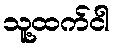
သူ့ထက်ငါ